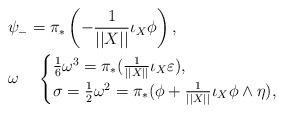
LaTeX: \begin{align*}&\psi_-=\pi_*\left(-\frac{1}{||X||}\iota_X\phi\right),\\&\omega\;\;\;\;\begin{cases}\frac{1}{6}\omega^3=\pi_*(\frac{1}{||X||}\iota_X\varepsilon),\\\sigma=\frac{1}{2}\omega^2=\pi_*(\phi+\frac{1}{||X||}\iota_X\phi\wedge\eta),\end{cases}\end{align*}